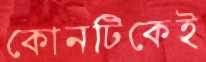
কোনটিকেই